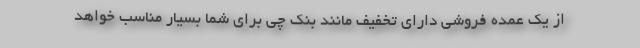
از یک عمده فروشی دارای تخفیف مانند بنک چی برای شما بسیار مناسب خواهد